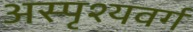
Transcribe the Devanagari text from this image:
अस्पृश्यवर्ग